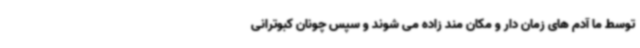
توسط ما آدم های زمان دار و مکان مند زاده می شوند و سپس چونان کبوترانی